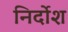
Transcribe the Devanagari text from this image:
निर्दोश